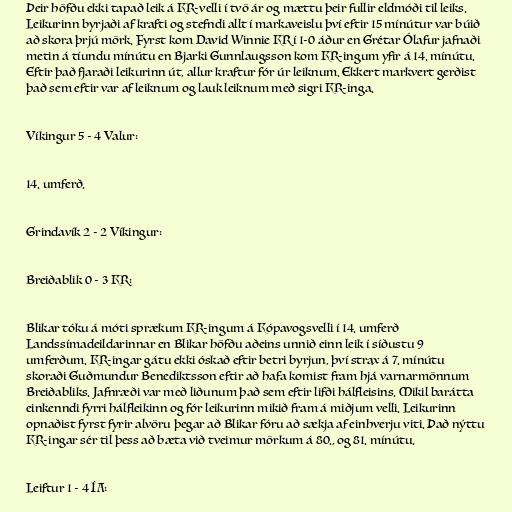
Þeir höfðu ekki tapað leik á KR-velli í tvö ár og mættu þeir fullir eldmóði til leiks.
Leikurinn byrjaði af krafti og stefndi allt í markaveislu því eftir 15 mínútur var búið
að skora þrjú mörk. Fyrst kom David Winnie KR í 1-0 áður en Grétar Ólafur jafnaði
metin á tíundu mínútu en Bjarki Gunnlaugsson kom KR-ingum yfir á 14. mínútu.
Eftir það fjaraði leikurinn út, allur kraftur fór úr leiknum. Ekkert markvert gerðist
það sem eftir var af leiknum og lauk leiknum með sigri KR-inga.

Víkingur 5 - 4 Valur:

14. umferð.

Grindavík 2 - 2 Víkingur:

Breiðablik 0 - 3 KR:

Blikar tóku á móti sprækum KR-ingum á Kópavogsvelli í 14. umferð
Landssímadeildarinnar en Blikar höfðu aðeins unnið einn leik í síðustu 9
umferðum. KR-ingar gátu ekki óskað eftir betri byrjun, því strax á 7. mínútu
skoraði Guðmundur Benediktsson eftir að hafa komist fram hjá varnarmönnum
Breiðabliks. Jafnræði var með liðunum það sem eftir lifði hálfleisins. Mikil barátta
einkenndi fyrri hálfleikinn og fór leikurinn mikið fram á miðjum velli. Leikurinn
opnaðist fyrst fyrir alvöru þegar að Blikar fóru að sækja af einhverju viti. Það nýttu
KR-ingar sér til þess að bæta við tveimur mörkum á 80., og 81. mínútu.

Leiftur 1 - 4 ÍA: